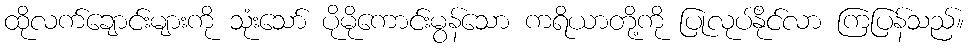
ထိုလက်ချောင်းများကို သုံးသော် ပိုမိုကောင်းမွန်သော ကရိယာတို့ကို ပြုလုပ်နိုင်လာ ကြပြန်သည်။